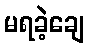
မရခဲ့ချေ